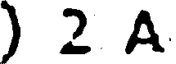
) 2 A